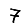
Digit: 7